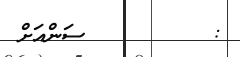
:         ސަންއަށް